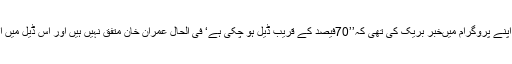
میں نے جون میں92 نیوزپر اپنے پروگرام میںخبر بریک کی تھی کہ’’70فیصد کے قریب ڈیل ہو چکی ہے‘ فی الحال عمران خان متفق نہیں ہیں اور اس ڈیل میں امیر قطر کا کلیدی رول ہے‘‘۔